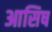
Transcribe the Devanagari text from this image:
आसिष